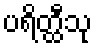
ပရိတ္ထီသု